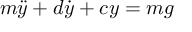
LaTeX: m { \ddot { y } } + d { \dot { y } } + c y = m g